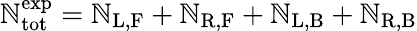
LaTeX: \mathbb{N}_{\mathrm{{tot}}}^{\mathrm{{exp}}}=\mathbb{N}_{\mathrm{{L,F}}}+\mathbb{N}_{\mathrm{{R,F}}}+\mathbb{N}_{\mathrm{{L,B}}}+\mathbb{N}_{\mathrm{{R,B}}}